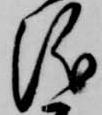
儀